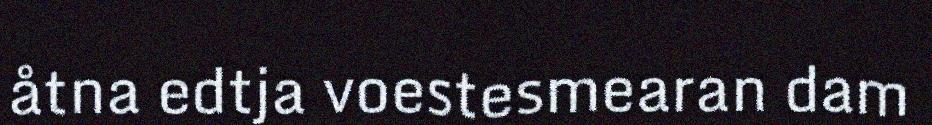
åtna edtja voestesmearan dam